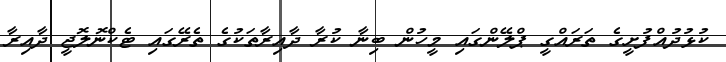
ކުޅުދުއްފުށީގެ ތަރައްގީ ޕްލޭންގައި މީހުން ބިނާ ކުރާ ދާއިރާތަކުގެ ތެރޭގައި ޓެކްނޮލޮޖީ ދާއިރާ